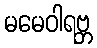
မမေဝါရဗ္ဘ